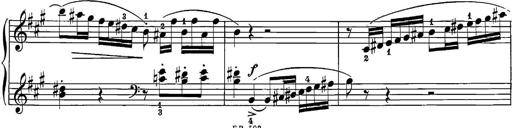
Title: 12 Sonatine per Pianoforte
Composer: Friedrich Kuhlau